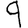
Digit: 9